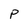
Character: P